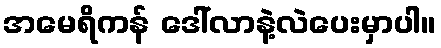
အမေရိကန် ဒေါ်လာနဲ့လဲပေးမှာပါ။